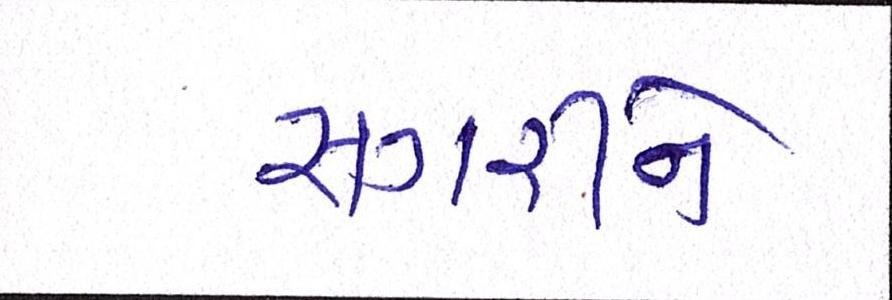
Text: સગીરને